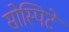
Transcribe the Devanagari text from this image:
सोस्पिटे